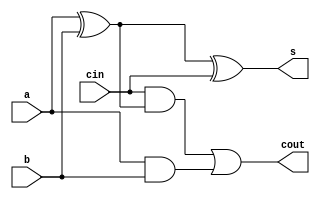
module FA (a,b,cin,s,cout
);
input a,b,cin;
output s,cout;
assign s=a^b^cin;
assign cout=(cin&(a^b))|(a&b);
    
endmodule

module fulladder (A,B,S,C
);
input [3:0] A,B;
output[3:0] S;
output C;
wire[2:0] x;
FA FA0(A[0],B[0],1'b0,S[0],x[0]);
FA FA1(A[1],B[1],x[0],S[1],x[1]);
FA FA2(A[2],B[2],x[1],S[2],x[2]);
FA FA3(A[3],B[3],x[2],S[3],C);

    
endmodule